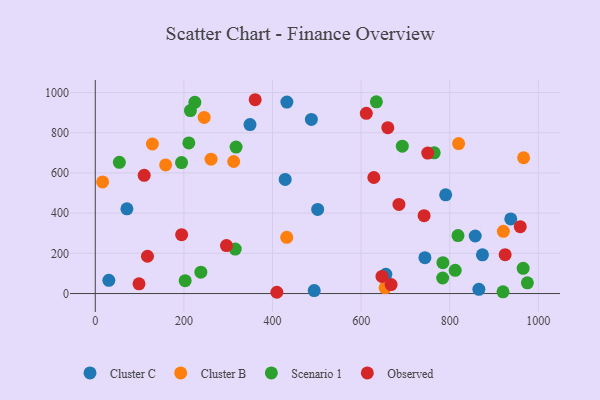
{"axis": {"x": "Study Hours", "y": "Fuel Efficiency"}, "legend": ["Cluster B", "Cluster C", "Observed", "Scenario 1"], "data": [{"x": "501.9", "y": 418.6, "type": "Cluster C"}, {"x": "790.8", "y": 491.3, "type": "Cluster C"}, {"x": "857.5", "y": 286.3, "type": "Cluster C"}, {"x": "494.1", "y": 14.8, "type": "Cluster C"}, {"x": "655.8", "y": 95.7, "type": "Cluster C"}, {"x": "30.6", "y": 65.6, "type": "Cluster C"}, {"x": "349.2", "y": 840.6, "type": "Cluster C"}, {"x": "71.4", "y": 421.4, "type": "Cluster C"}, {"x": "865.7", "y": 20.8, "type": "Cluster C"}, {"x": "487.7", "y": 866.1, "type": "Cluster C"}, {"x": "937.7", "y": 371.4, "type": "Cluster C"}, {"x": "428.6", "y": 567.9, "type": "Cluster C"}, {"x": "873.8", "y": 192.6, "type": "Cluster C"}, {"x": "744.0", "y": 178.5, "type": "Cluster C"}, {"x": "432.4", "y": 952.8, "type": "Cluster C"}, {"x": "654.2", "y": 28.2, "type": "Cluster B"}, {"x": "261.3", "y": 668.3, "type": "Cluster B"}, {"x": "158.8", "y": 639.7, "type": "Cluster B"}, {"x": "128.9", "y": 744.1, "type": "Cluster B"}, {"x": "921.0", "y": 309.6, "type": "Cluster B"}, {"x": "312.4", "y": 657.0, "type": "Cluster B"}, {"x": "16.6", "y": 555.3, "type": "Cluster B"}, {"x": "245.8", "y": 876.1, "type": "Cluster B"}, {"x": "432.1", "y": 279.7, "type": "Cluster B"}, {"x": "966.7", "y": 675.6, "type": "Cluster B"}, {"x": "820.0", "y": 746.2, "type": "Cluster B"}, {"x": "54.3", "y": 652.9, "type": "Scenario 1"}, {"x": "634.4", "y": 953.7, "type": "Scenario 1"}, {"x": "784.5", "y": 153.5, "type": "Scenario 1"}, {"x": "818.6", "y": 288.4, "type": "Scenario 1"}, {"x": "784.0", "y": 77.4, "type": "Scenario 1"}, {"x": "238.3", "y": 106.1, "type": "Scenario 1"}, {"x": "812.3", "y": 115.5, "type": "Scenario 1"}, {"x": "224.7", "y": 951.6, "type": "Scenario 1"}, {"x": "692.9", "y": 733.0, "type": "Scenario 1"}, {"x": "194.7", "y": 651.5, "type": "Scenario 1"}, {"x": "202.9", "y": 64.2, "type": "Scenario 1"}, {"x": "211.1", "y": 749.2, "type": "Scenario 1"}, {"x": "214.7", "y": 910.5, "type": "Scenario 1"}, {"x": "975.2", "y": 53.4, "type": "Scenario 1"}, {"x": "315.9", "y": 221.3, "type": "Scenario 1"}, {"x": "764.9", "y": 700.0, "type": "Scenario 1"}, {"x": "317.8", "y": 728.5, "type": "Scenario 1"}, {"x": "920.2", "y": 8.6, "type": "Scenario 1"}, {"x": "965.7", "y": 125.7, "type": "Scenario 1"}, {"x": "360.9", "y": 964.3, "type": "Observed"}, {"x": "628.7", "y": 577.3, "type": "Observed"}, {"x": "925.0", "y": 193.3, "type": "Observed"}, {"x": "660.2", "y": 825.2, "type": "Observed"}, {"x": "98.7", "y": 48.1, "type": "Observed"}, {"x": "685.3", "y": 443.5, "type": "Observed"}, {"x": "296.1", "y": 238.7, "type": "Observed"}, {"x": "959.1", "y": 332.5, "type": "Observed"}, {"x": "611.7", "y": 896.7, "type": "Observed"}, {"x": "194.9", "y": 292.8, "type": "Observed"}, {"x": "117.8", "y": 185.6, "type": "Observed"}, {"x": "750.3", "y": 699.1, "type": "Observed"}, {"x": "409.8", "y": 6.3, "type": "Observed"}, {"x": "647.0", "y": 85.0, "type": "Observed"}, {"x": "742.1", "y": 387.6, "type": "Observed"}, {"x": "667.6", "y": 44.5, "type": "Observed"}, {"x": "110.4", "y": 588.4, "type": "Observed"}]}